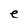
Character: e